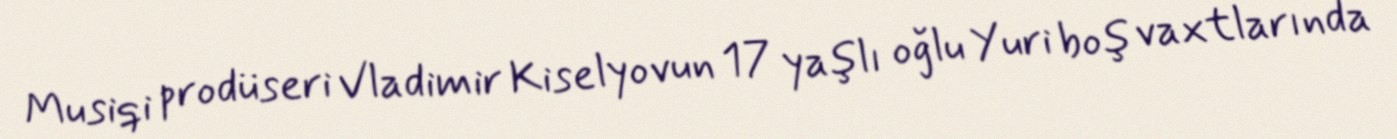
Musiqi prodüseri Vladimir Kiselyovun 17 yaşlı oğlu Yuri boş vaxtlarında